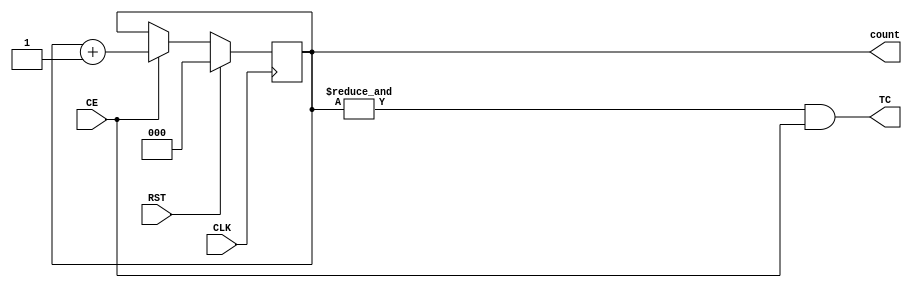
`timescale 1ns / 1ps
/**
 * Synchronous counter modelled similar to 74193
 *
 * Parameter Description
 * Width    - Width of the counter (No of flip-flops)
 *
 * Port Description
 * CLK      - Clock input
 * RST      - Reset input (Synchronous; Active High for one CLK cycle)
 * CE       - Count Enable. The Counter state changes only if this pin is active
 * TC       - The terminal count. Combinationally dependent on Count and CE 
 */
module counter #(parameter WIDTH = 3, parameter RESET_VAL = 0 ) (
    input CLK,
    input RST,
    input CE,
    output TC,
    output [WIDTH-1:0] count
    );

  reg[WIDTH-1:0] count_r;
  wire wTC;
  wire[WIDTH:0] nextCount;
  
  assign TC = wTC & CE;
  assign wTC = &count_r;
  assign count = count_r;
  assign nextCount = count_r + 1;
  
  always @ (posedge CLK) begin
    if(RST == 0) begin
      if(CE == 1)
        count_r <= nextCount[WIDTH-1:0];
      else
        count_r <= count_r;
    end else begin
      count_r <= RESET_VAL;
    end
  end
endmodule